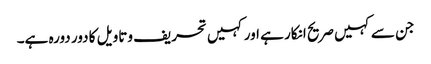
جن سے کہیں صریح انکار ہے اور کہیں تحریف وتاویل کا دور دورہ ہے۔